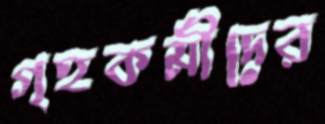
গৃহকর্মীদের